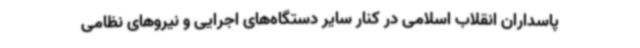
پاسداران انقلاب اسلامی در کنار سایر دستگاه‌های اجرایی و نیروهای نظامی